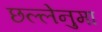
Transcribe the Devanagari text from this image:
छल्लेनुमा